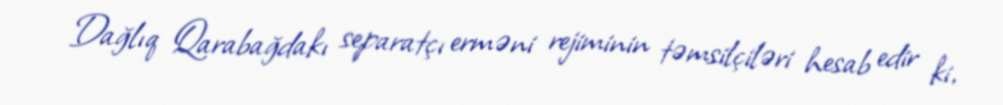
Dağlıq Qarabağdakı separatçı erməni rejiminin təmsilçiləri hesab edir ki,